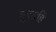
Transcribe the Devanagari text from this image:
तुरतहिं